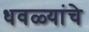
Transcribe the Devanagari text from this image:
धवळ्यांचे